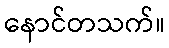
နောင်တသက်။